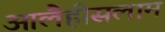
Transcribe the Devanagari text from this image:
आलैहीसलाम